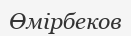
Өмірбеков